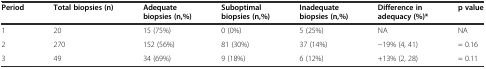
<table><thead><tr><td><b>Period</b></td><td><b>Total biopsies (n)</b></td><td><b>Adequate biopsies (n,%)</b></td><td><b>Suboptimal biopsies (n,%)</b></td><td><b>Inadequate biopsies (n,%)</b></td><td><b>Difference in adequacy (%)*</b></td><td><b>p value</b></td></tr></thead><tbody><tr><td>1</td><td>20</td><td>15 (75%)</td><td>0 (0%)</td><td>5 (25%)</td><td>NA</td><td>NA</td></tr><tr><td>2</td><td>270</td><td>152 (56%)</td><td>81 (30%)</td><td>37 (14%)</td><td>−19% (4, 41)</td><td>= 0.16</td></tr><tr><td>3</td><td>49</td><td>34 (69%)</td><td>9 (18%)</td><td>6 (12%)</td><td>+13% (2, 28)</td><td>= 0.11</td></tr></tbody></table>